King Institute of Preventive Medicine Bacteriolog. Section reports 1907-08
Year: 1907
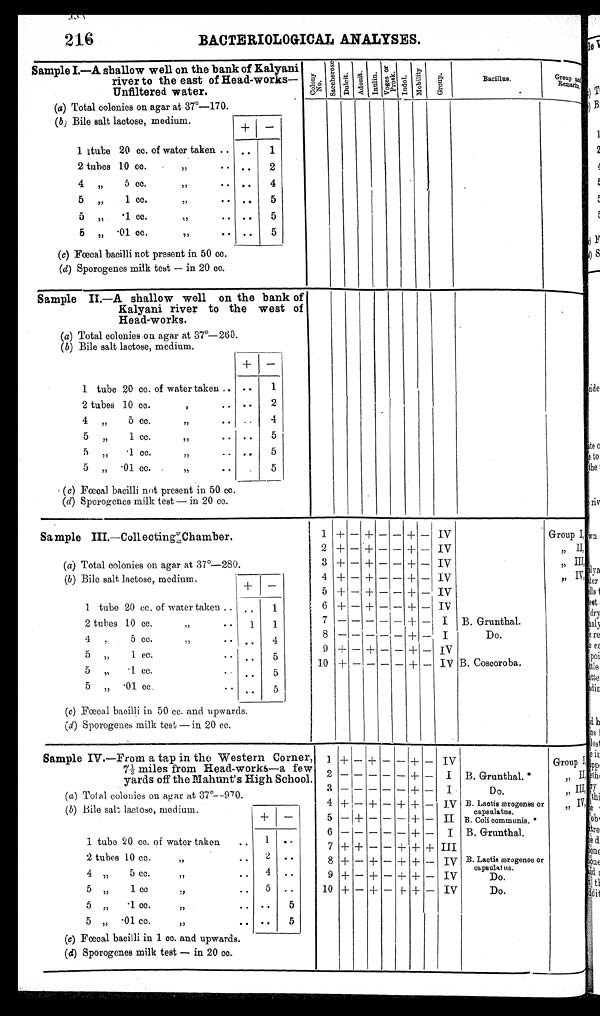
216
BACTERIOLOGICAL ANALYSES.
Sample I.--A shallow well on the bank of Kalyani
river to the east of Head-works—
Unfiltered water.
C o l o n y N o .
S a c c h e r o s e Du l c i t . A d o n i t .
I n u l i n .
Voges or
Prosk.
I ndol .
Mo b i l i t y
G r o u p .
Bacillus.
Group and
Remarks.
(a) Total colonies on agar at 37°—170.
( b ) Bile salt lactose, medium.
+
—
1 tube 20 cc. of water taken ..
..
1
2 tubes 10 cc.
„
..
..
2
4
„
5 cc.
„
.
..
4
5
„
1 cc.
,,
..
..
5
5
„
.1 cc.
„
..
..
5
5
„ .01 cc.
„
..
..
5
(c) Fœcal bacilli not present in 50 cc.
(d) Sporogenes milk test — in 20 cc.
Sample II.—A shallow well on the bank of
Kalyani river to the west of
Head-works.
(a) Total colonies on agar at 37°— 260.
( b ) Bile salt lactose, medium.
+
—
1 tube 20 cc. of water taken , .
..
1
2 tubes 10 cc.
,,
..
..
2
4
„
5 cc.
,,
..
..
4
5
„
1 cc.
,,
..
..
5
5
„
.1 cc.
,,
..
..
5
5
„
.01 cc. .
„
..
5
( c ) Fœcal bacilli not present in 50 cc.
( d) Sporogenes milk test — in 20 cc.
S a m p l e I I I . — C o l l e c t i n g C h a m b e r .
1 + — + — — + — IV
Group I,
2 + —
+ — — + — IV
„
II, II,
( a) Total colonies on agar at 37°—280.
3 + — + — — + — IV
„ III,
(b ) Bile salt lactose, medium.
4 + — + — — + — IV
„ IV,
+
—
5 + — + — — + — IV
1 tube 20 cc. of water taken ..
..
1
6 + — + — — + — IV
2 tubes 10 cc.
„
1
1
7
— — — — —
+ —
I
B. Grunthal.
4
„
5 cc.
„
..
4
8
— — —
— — + —
I
Do.
5
„
1 cc.
.
..
5
9 + — + — —
+ — IV
5
„
.1 cc.
.. ..
5
10 + — — — — + — IV B. Coscoroba.
5
„
.01 cc.
..
5
(c ) Fœcal bacilli in 50 cc. and upwards.
(d) Sporogenes milk test — in 20 cc.
Sample IV.—From a tap in the Western Corner,
7½ miles from Head-works—a few
yards off the Mahunt's High School.
] + —
+ — — + — IV
Group I,
2
— — — — —
+ —
I
B. Grunthal.*
„ II,
( a) Tot al colonies on agar at 37°—970.
3
— — — —
—
+ —
I
Do.
„
III,
(
b
) B i l e s a l t l a c t o s e , m e d i u m .
4 + — + — + +
—
IV
E. Lactis æogenes or
capsulatus.
,, IV,
+
—
5 — + — — — + — II B. Coli communis, *
6
— — — — —
+ —
I
B. Grunthal
1 tube 20 ce. of water taken
..
1
..
7 + +
— —
+
+
_ III
2 tubes 10
c c .
„,.
2
..
8 + — + — + + —
IV B. Lactis ærogenes or
capsulatus.
4
„
5 cc.
„
..
4
..
9 + — + — + + — IV
Do.
5
„
1 cc
„
..
5
..
10 +
+
— f-. + — IV
Do.
5
„
.1 cc
„
. .
..
5
5
„
.01 cc.
„
. .
..
5
(c) Fœcal bacilli in 1 cc. and upwards.
( d) Sporogenes milk test — in 20 cc.